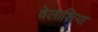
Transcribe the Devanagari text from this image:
वेलाशिया